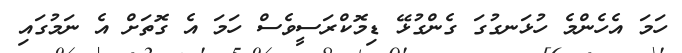
ހަމަ އެހެންމެ ހުޅަނގުގަ ގެންގުޅޭ ޑިމޮކްރަސީވެސް ހަމަ އެ ގޮތަށް އެ ނަމުގައި